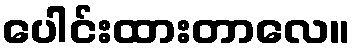
ပေါင်းထားတာလေ။